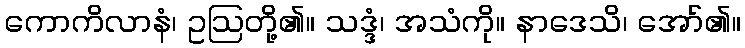
ကောကိလာနံ၊ ဥဩတို့၏။ သဒ္ဒံ၊ အသံကို။ နာဒေသိ၊ အော်၏။